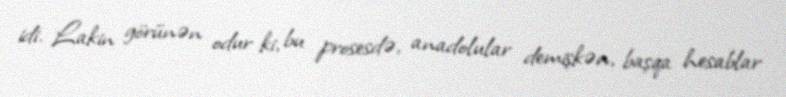
idi. Lakin görünən odur ki, bu prosesdə, anadolular demişkən, başqa hesablar